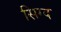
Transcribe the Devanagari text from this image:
सिग्द